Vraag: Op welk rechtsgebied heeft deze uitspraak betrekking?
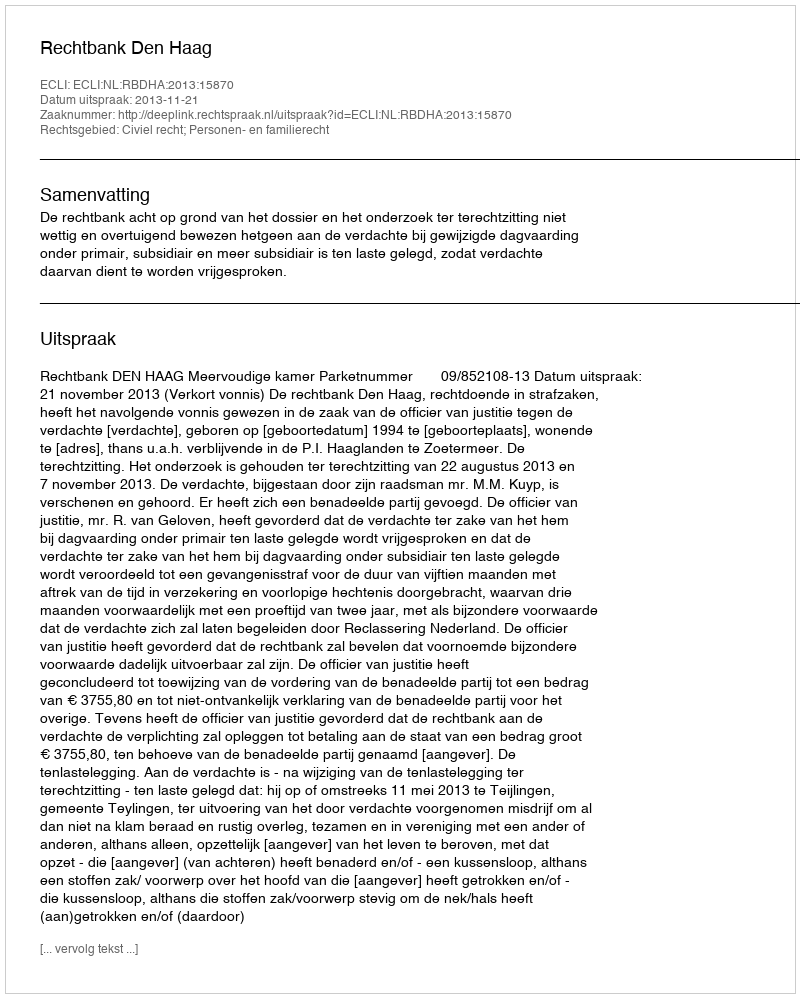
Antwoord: Civiel recht; Personen- en familierecht